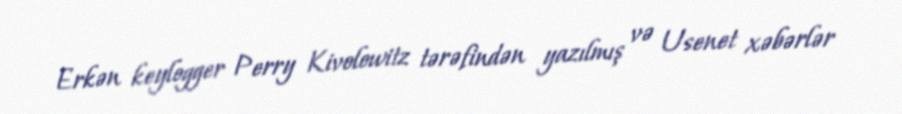
Erkən keylogger Perry Kivolowitz tərəfindən yazılmış və Usenet xəbərlər